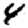
Digit: 4